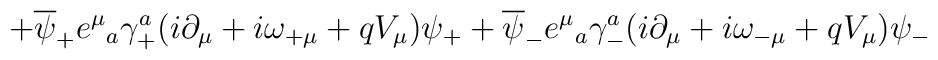
+\overline{\psi}_+ e^\mu{}_a\gamma^a_+(i\partial_\mu +i\omega_{+\mu}+qV_\mu)\psi_++\overline{\psi}_- e^\mu{}_a\gamma^a_-(i\partial_\mu+i\omega_{-\mu} +qV_\mu)\psi_-